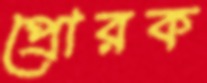
প্রোরক